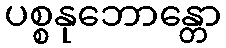
ပစ္စနုဘောန္တော